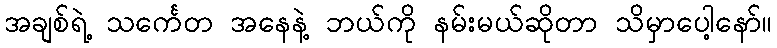
အချစ်ရဲ့ သင်္ကေတ အနေနဲ့ ဘယ်ကို နမ်းမယ်ဆိုတာ သိမှာပေါ့နော်။